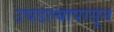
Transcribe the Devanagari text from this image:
उघडल्यापासून